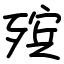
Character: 殡